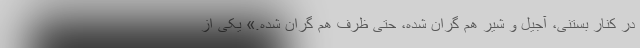
در کنار بستنی، آجیل و شیر هم گران شده، حتی ظرف هم گران شده.» یکی از